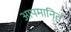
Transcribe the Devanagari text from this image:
आपमानित